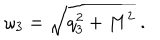
\omega _ { 3 } = \sqrt { q _ { 3 } ^ { 2 } + M ^ { 2 } } \ .